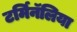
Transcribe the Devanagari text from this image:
टर्मिनॅलिया